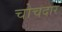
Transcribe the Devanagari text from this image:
चोचदार